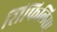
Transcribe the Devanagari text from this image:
सिफिलिस।